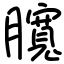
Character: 臗